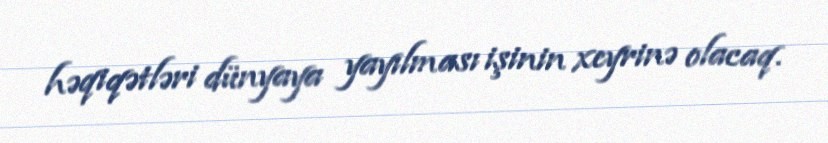
həqiqətləri dünyaya yayılması işinin xeyrinə olacaq.